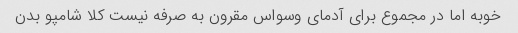
خوبه اما در مجموع برای آدمای وسواس مقرون به صرفه نیست کلا شامپو بدن